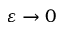
\varepsilon \rightarrow 0